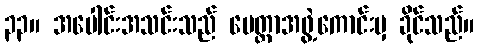
၃၃။ အပေါင်းအသင်းသည် မေတ္တာအဖွဲ့ကောင်းမှ ခိုင်သည်။